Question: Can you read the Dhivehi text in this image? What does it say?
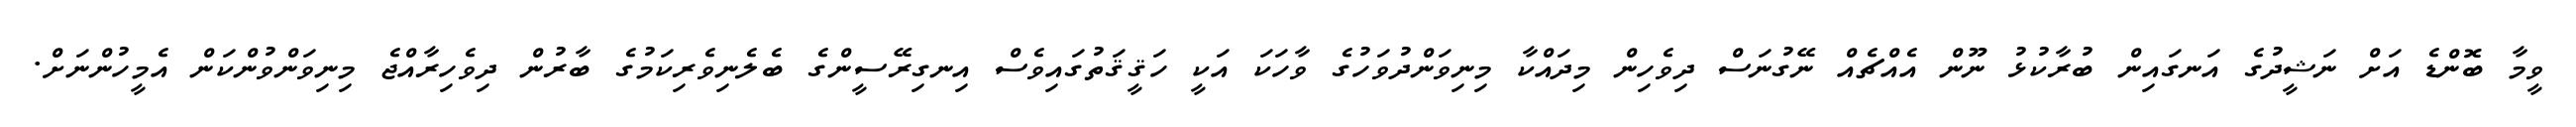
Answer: ވީމާ ބޮންޑެ އަށް ނަޝީދުގެ އަނގައިން ބުރާކުޅު ނޫން އެއްޗެއް ނޭގުނަސް ދިވެހިން މިދައްކާ މިނިވަންދުވަހުގެ ވާހަކަ އަކީ ހަޤީޤަތުގައިވެސް އިނގިރޭސީންގެ ބެލެނިވެރިކަމުގެ ބާރުން ދިވެހިރާއްޖެ މިނިވަންވުންކަން އެމީހުންނަށް.